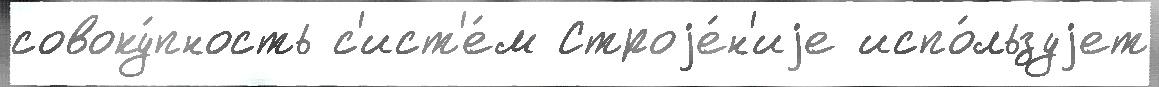
совоку́пность с'ист'е́м Строjе́н'иjе испо́льзуjет